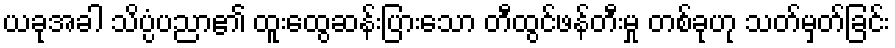
ယခုအခါ သိပ္ပံပညာ၏ ထူးထွေဆန်းပြားသော တီထွင်ဖန်တီးမှု တစ်ခုဟု သတ်မှတ်ခြင်း